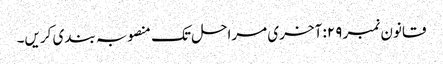
قانون نمبر ۲۹: آخری مراحل تک منصوبہ بندی کریں۔